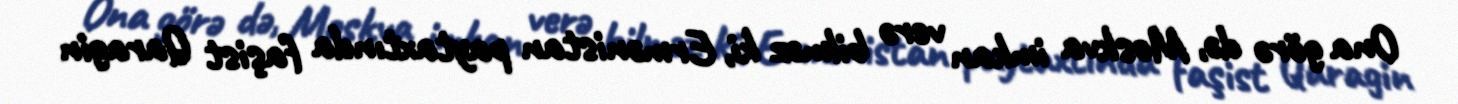
Ona görə də, Moskva imkan verə bilməz ki, Ermənistan paytaxtında faşist Qaragin